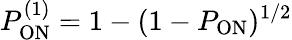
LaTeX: P_{\mathrm{ON}}^{(1)}=1-(1-P_{\mathrm{ON}})^{1/2}